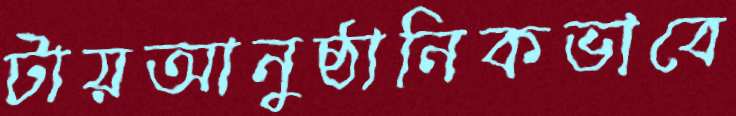
টায়আনুষ্ঠানিকভাবে